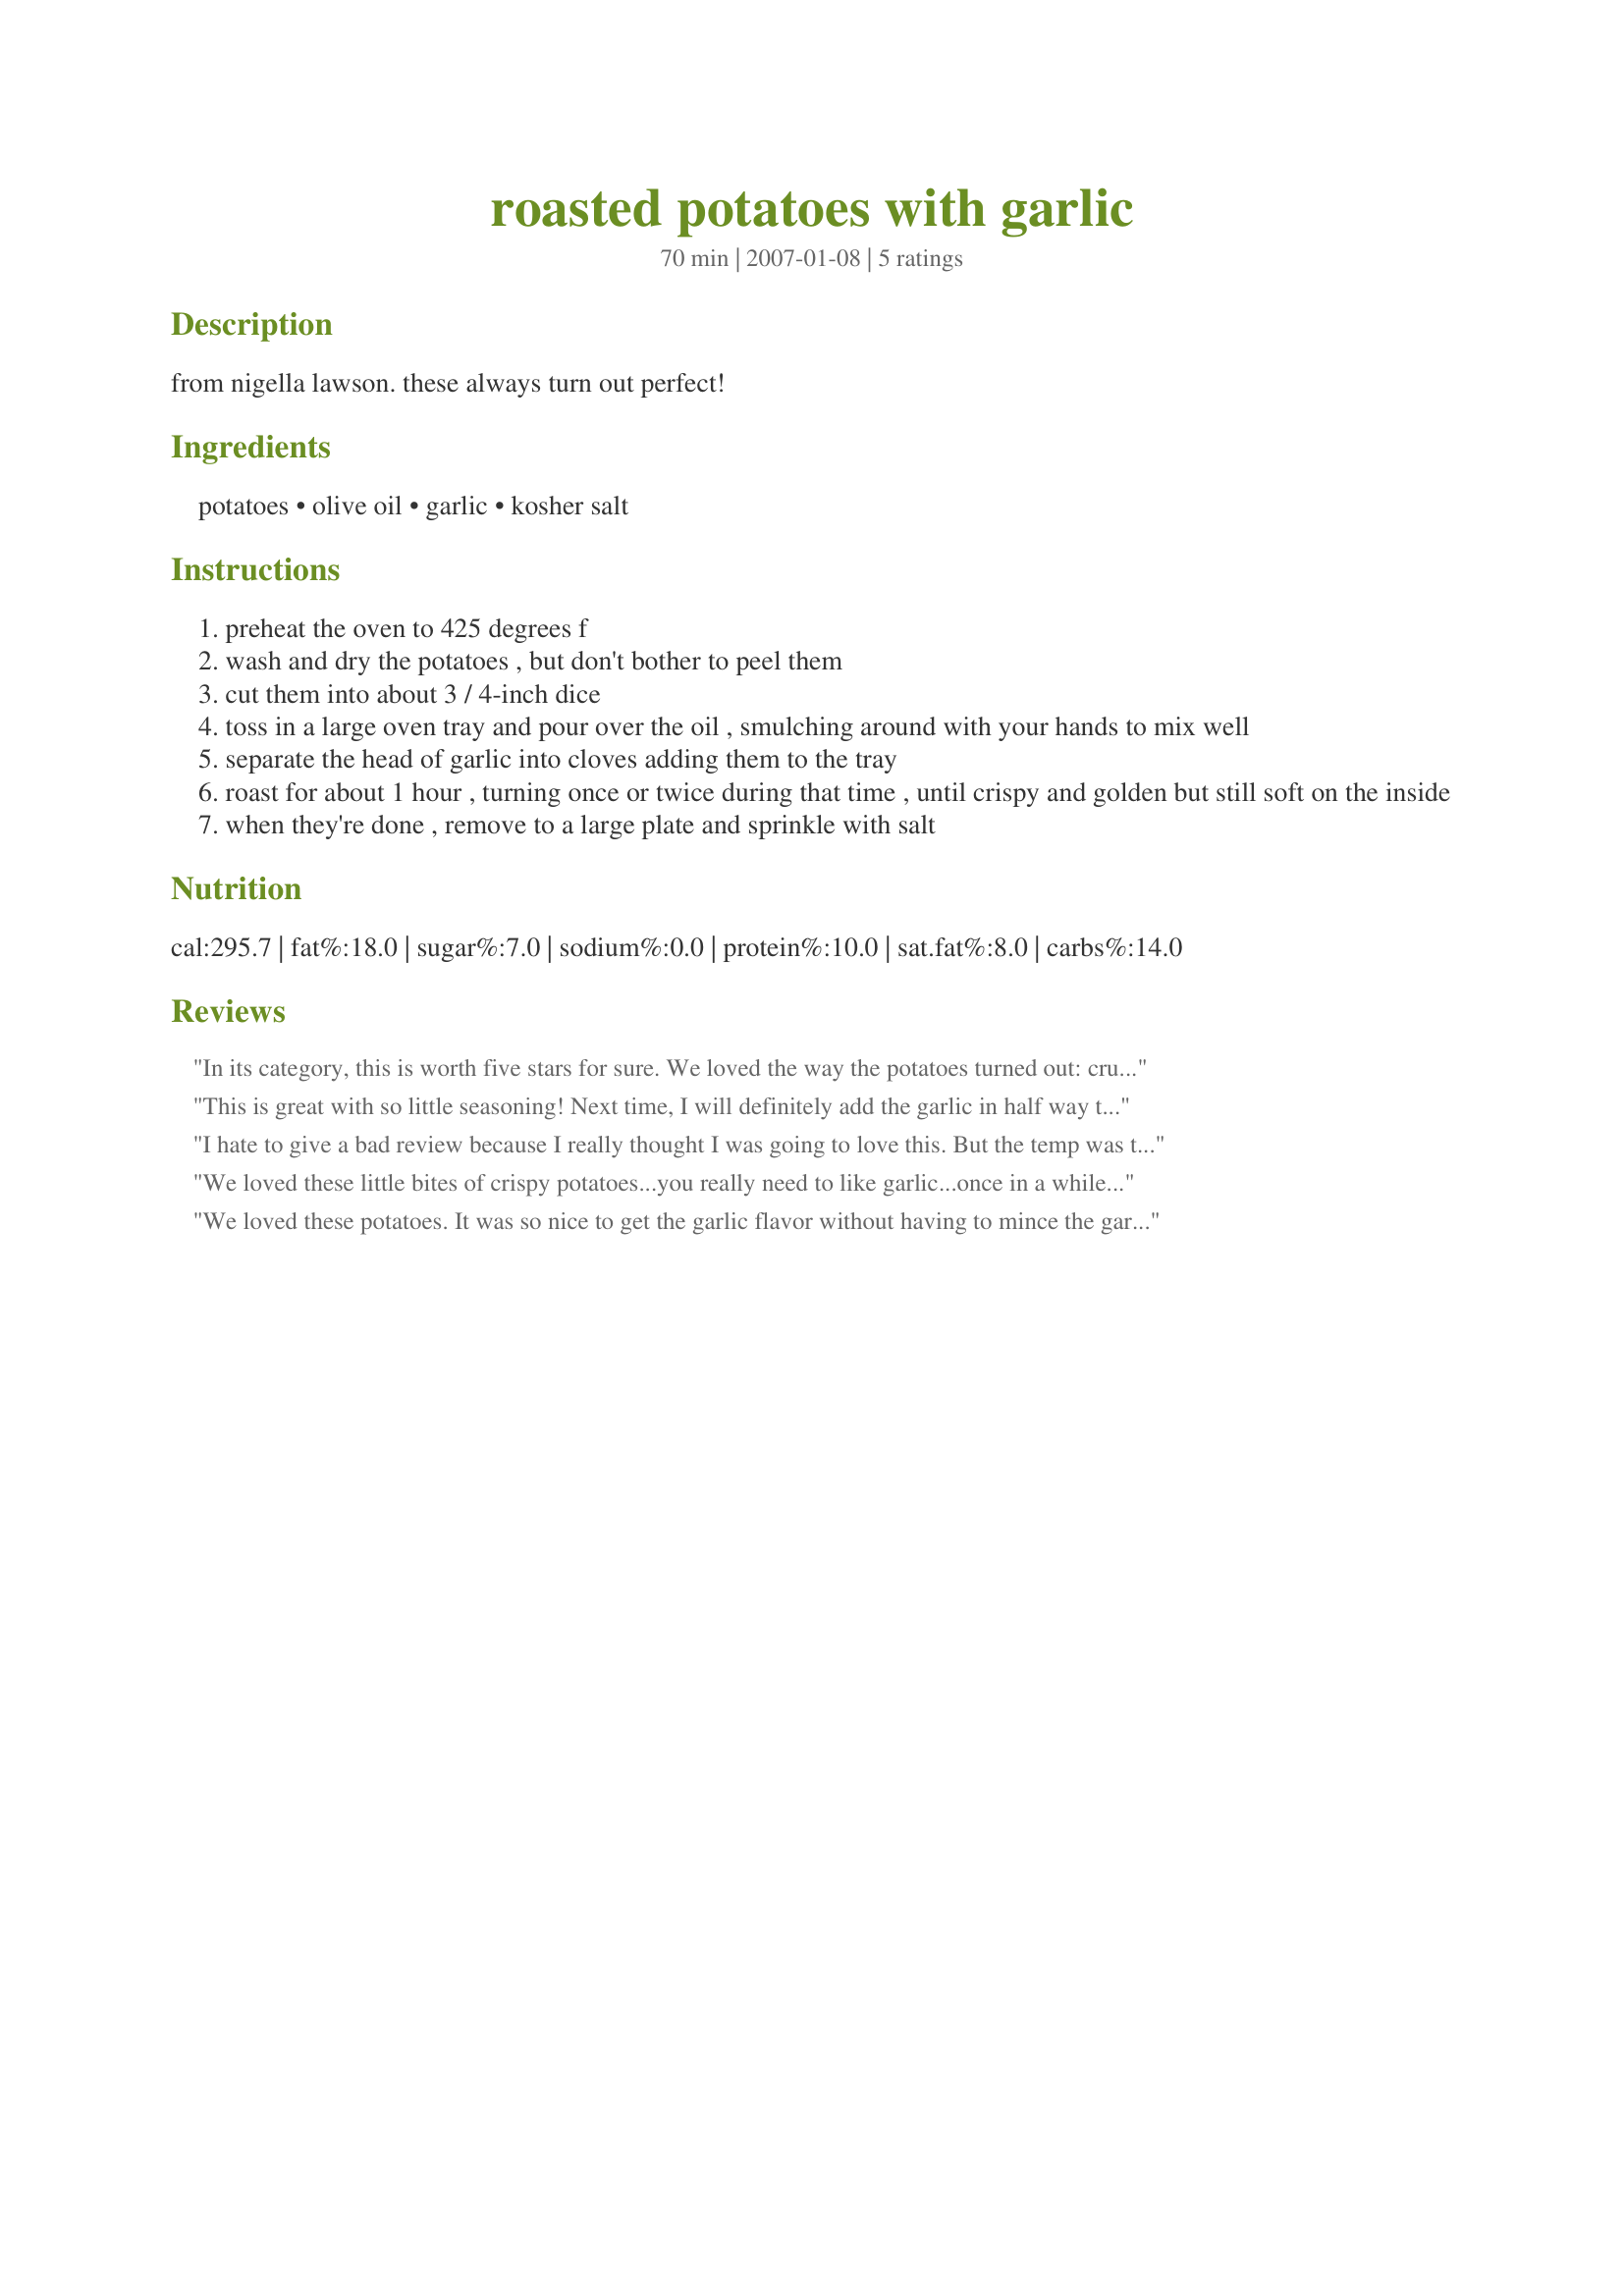
roasted potatoes with garlic
Preparation time: 70 minutes

from nigella lawson. these always turn out perfect!

Ingredients:
potatoes, olive oil, garlic, kosher salt

Steps:
preheat the oven to 425 degrees f
wash and dry the potatoes , but don't bother to peel them
cut them into about 3 / 4-inch dice
toss in a large oven tray and pour over the oil , smulching around with your hands to mix well
separate the head of garlic into cloves adding them to the tray
roast for about 1 hour , turning once or twice during that time , until crispy and golden but still soft on the inside
when they're done , remove to a large plate and sprinkle with salt

Reviews:
In its category, this is worth five stars for sure. We loved the way the potatoes turned out: crunchy on the outside, soft in the inside. I scaled down the recipe to three serviings and used 1/4 cup of olive oil. Next time, I'll use even less oil as it was more than sufficient for a pound and a half of potatoes. It took 45 minutes for the potatoes to be cooked to perfection. Thank you for sharing.
This is great with so little seasoning! Next time, I will definitely add the garlic in half way through cooking. It got a bit brown/burnt this way
I hate to give a bad review because I really thought I was going to love this. But the temp was too high and the cooking time too long. My garlic was completely burnt all the way through and the potatoes were too dry and overcooked. I should have taken them out after 30 minutes when I was shaking the pan and noticed the garlic partially burnt, but I trusted the time given the good reviews. My guess is it only need about 30 minutes total.
We loved these little bites of crispy potatoes...you really need to like garlic...once in a while you&#039;ll bite into one of the cloves...it didn&#039;t say in the directions...but for the new cooks out there...make sure and remove the paper coverings from the cloves of garlic...mine took 45 mins to cook...Made for Spring 2014 PAC...=)
We loved these potatoes. It was so nice to get the garlic flavor without having to mince the garlic! Think it added to the taste because it made that nice garlic paste you get from roasting whole garlic. Mine only needed 45 minutes to cook....otherwise started to get too dark. Thanks for sharing! Made for Best of 2014 tag game on yuku.
